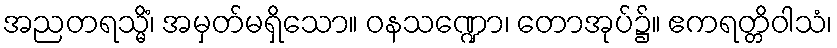
အညတရသ္မိံ၊ အမှတ်မရှိသော။ ဝနသဏ္ဍော၊ တောအုပ်၌။ ဧကရတ္တိဝါသံ၊